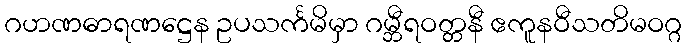
ဂဟဏဓာရဏဋ္ဌေန ဥပသင်္ကမိမှာ ဂမ္ဘီရဝတ္တနီ ဧကူနဝီသတိမဝဂ္ဂ